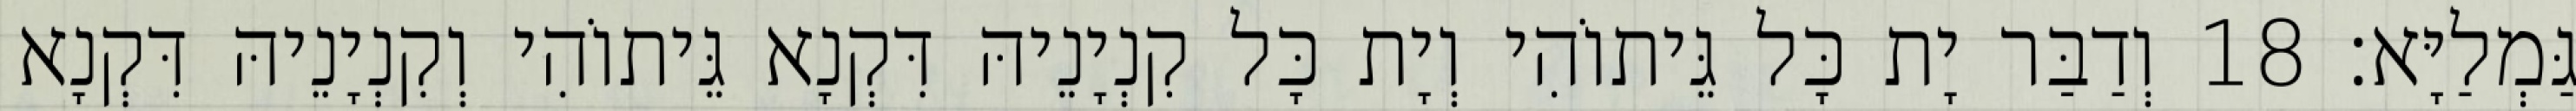
גַּמְלַיָּא׃ 18 וְדַבַּר יָת כָּל גֵּיתוֹהִי וְיָת כָּל קִנְיָנֵיהּ דִּקְנָא גֵּיתוֹהִי וְקִנְיָנֵיהּ דִּקְנָא